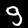
Digit: 9